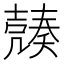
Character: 𡔿